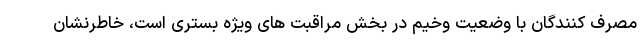
مصرف کنندگان با وضعیت وخیم در بخش مراقبت های ویژه بستری است، خاطرنشان